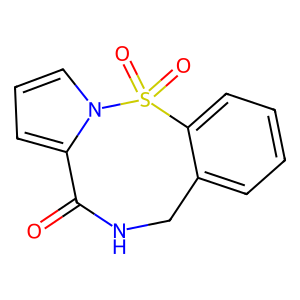
SMILES: O=C1NCc2ccccc2S(=O)(=O)n2cccc21
Inhibits HIV replication: No